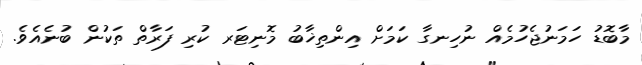
މާބޮޑު ހަމަނުޖެހުމެއް ނުހިނގާ ކަމަށް އިންތިޚާބު މޮނިޓަރ ކުރި ފަރާތް ތަކުން ބުނެއެވެ.